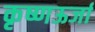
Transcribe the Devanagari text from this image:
कृष्णऊर्जा